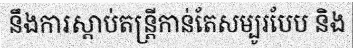
នឹងការស្តាប់តន្ត្រីកាន់តែសម្បូរបែប និង